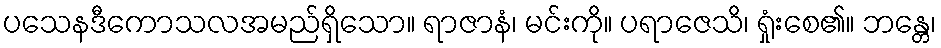
ပသေနဒီကောသလအမည်ရှိသော။ ရာဇာနံ၊ မင်းကို။ ပရာဇေသိ၊ ရှုံးစေ၏။ ဘန္တေ၊